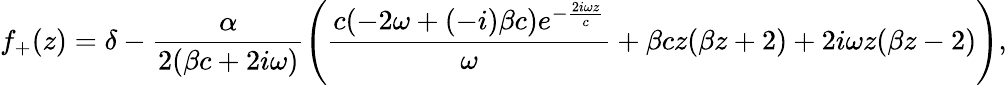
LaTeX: f_{+}(z)=\delta-\frac{\alpha}{2(\beta c+2i\omega)}\left(\frac{c(-2\omega+(-i)\beta c)e^{-\frac{2i\omega z}{c}}}{\omega}+\beta cz(\beta z+2)+2i\omega z(\beta z-2)\right),